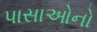
પાસાઓનો